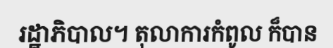
រដ្ឋាភិបាល។ តុលាការកំពូល ក៏បាន